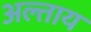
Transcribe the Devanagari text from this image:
अल्ताय